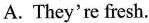
A. They're fresh.